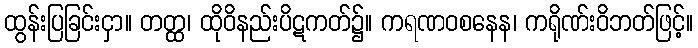
ထွန်းပြခြင်းငှာ။ တတ္ထ၊ ထိုဝိနည်းပိဋကတ်၌။ ကရဏဝစနေန၊ ကရိုဏ်းဝိဘတ်ဖြင့်။